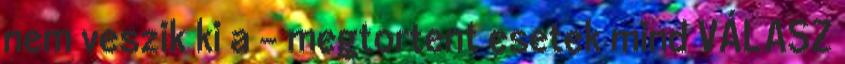
nem veszik ki a - megtortent esetek mind VÁLASZ